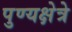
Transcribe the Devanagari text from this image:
पुण्यक्षेत्रे